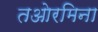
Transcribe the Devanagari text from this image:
तओरमिना